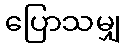
ပြောသမျှ